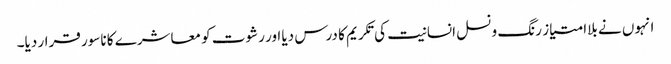
انہوں نے بلاامتیاز رنگ و نسل انسانیت کی تکریم کا درس دیا اور رشوت کو معاشرے کا ناسور قرار دیا۔